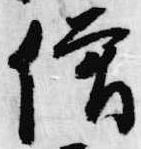
僧